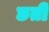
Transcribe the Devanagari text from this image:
छती